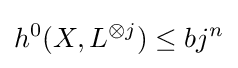
h^{0}(X,L^{\otimes j})\leq bj^{n}